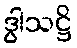
ဒွါသဋ္ဌိ